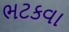
ભટકવા